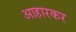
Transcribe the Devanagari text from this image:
आहारकर